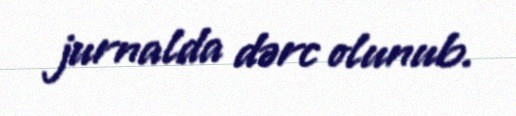
jurnalda dərc olunub.